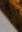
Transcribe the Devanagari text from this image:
र्‍ाृ